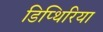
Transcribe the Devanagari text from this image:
डिप्थिरिया